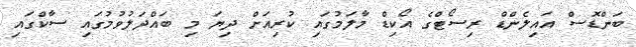
ބަންޑޮސް އައިލެންޑް ރިސޯޓްގެ އޯކިޑް މާލަމުގައި ކުރިއަށް ދިޔަ މި ބައްދަލުވުމުގައި ސާކްގައި